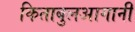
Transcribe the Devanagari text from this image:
किताबुलआगानी